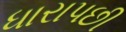
ધારાપછી